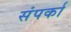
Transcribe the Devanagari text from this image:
संपर्का